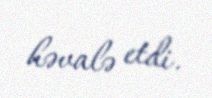
həvalə etdi.